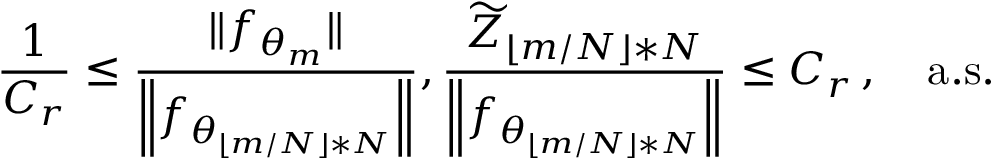
\frac { 1 } { C _ { r } } \leq \frac { \| f _ { \theta _ { m } } \| } { \left\| f _ { \theta _ { \lfloor m / N \rfloor * N } } \right\| } , \frac { \widetilde { Z } _ { \lfloor m / N \rfloor * N } } { \left\| f _ { \theta _ { \lfloor m / N \rfloor * N } } \right\| } \leq C _ { r } \, , \quad \mathrm { a . s . }